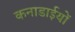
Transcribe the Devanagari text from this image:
कनाडाईयों